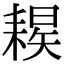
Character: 𦔈